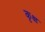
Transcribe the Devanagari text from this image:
कृक्ष